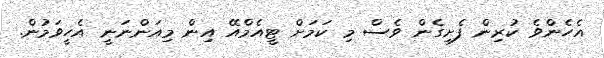
އެހެންވެ ކުރިން ފެށިގެން ވެސް މި ކަމަށް ޓީއެމްއޭ އިން މިއަންނަނީ އެހީވަމުން.